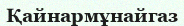
Қайнармұнайгаз